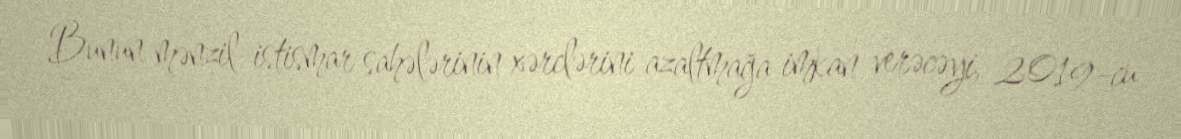
Bunun mənzil-istismar sahələrinin xərclərini azaltmağa imkan verəcəyi, 2019-cu